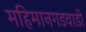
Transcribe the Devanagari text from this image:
महिमानगडवाडी